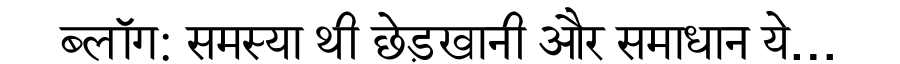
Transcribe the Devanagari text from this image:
ब्लॉग: समस्या थी छेड़खानी और समाधान ये…